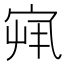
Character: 𫳏